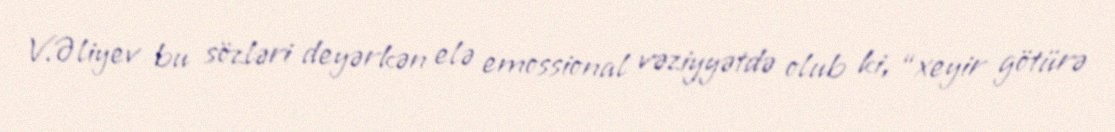
V.Əliyev bu sözləri deyərkən elə emossional vəziyyətdə olub ki, “xeyir götürə